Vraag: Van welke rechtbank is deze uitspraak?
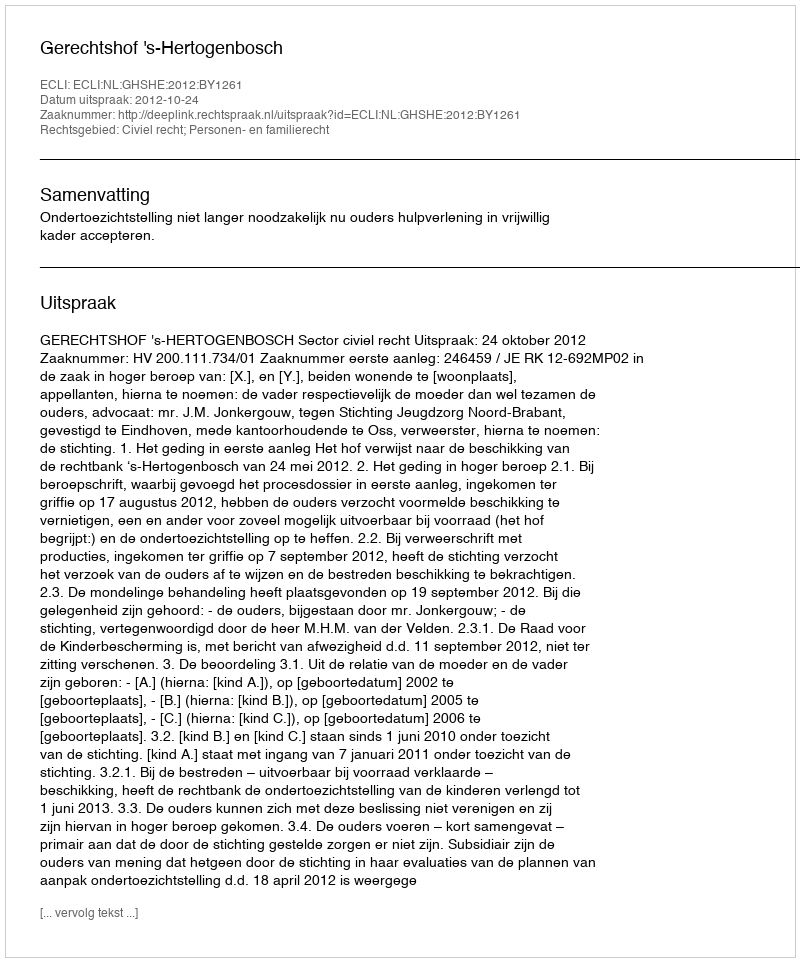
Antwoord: Gerechtshof 's-Hertogenbosch